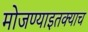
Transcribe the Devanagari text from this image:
मोजण्याइतक्याच